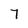
Character: 7